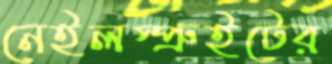
নেইলস্প্রুইটের